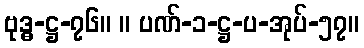
ဗုဒ္ဓ-ဋ္ဌ-၇၆။ ။ ပဏ်-၁-ဋ္ဌ-ပ-အုပ်-၅၇။